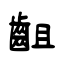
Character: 齟